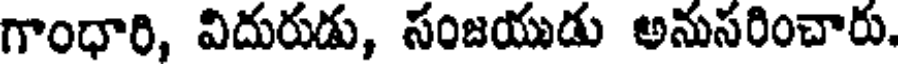
గాంధారి, విదురుడు, సంజయుడు అనుసరించారు.